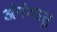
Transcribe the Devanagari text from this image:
अंर्तवस्तु